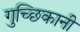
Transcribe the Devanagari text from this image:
गुच्छिकानी